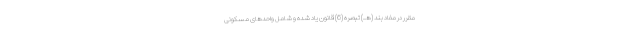
مقرر در مفاد بند (هـ) تبصره (6) قانون یاد شده و شامل واحدهای مسکونی